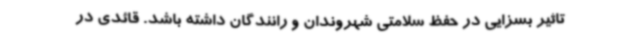
تاثیر بسزایی در حفظ سلامتی شهروندان و رانندگان داشته باشد. قائدی در